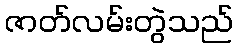
ဇာတ်လမ်းတွဲသည်